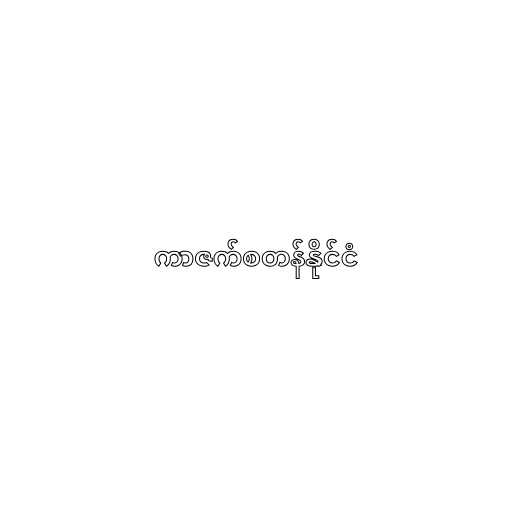
ကာဇက်စတန်နိုင်ငံ